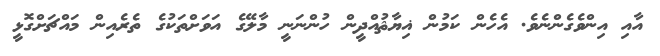
އާއި އިންވެގެންނެވެ. އެހެން ކަމުން ޣިޔާޘުއްދީން ހުންނަނީ މާލޭގެ އަވަށްތަކުގެ ތެރެއިން މައްޗަށްގޮޅީ